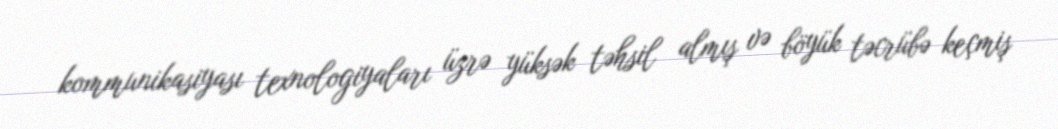
kommunikasiyası texnologiyaları üzrə yüksək təhsil almış və böyük təcrübə keçmiş